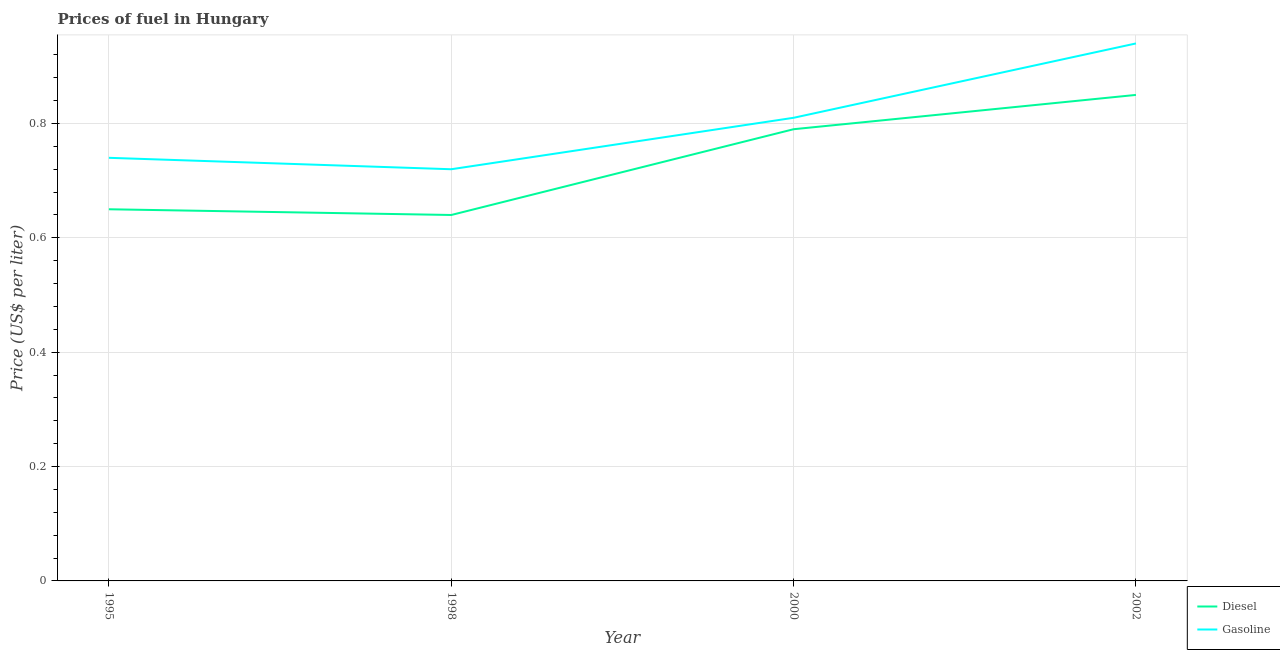
| Year | Diesel | Gasoline |
 | --- | --- | --- |
 | 1995 | 0.65 | 0.74 |
 | 1998 | 0.64 | 0.72 |
 | 2000 | 0.79 | 0.81 |
 | 2002 | 0.85 | 0.94 |